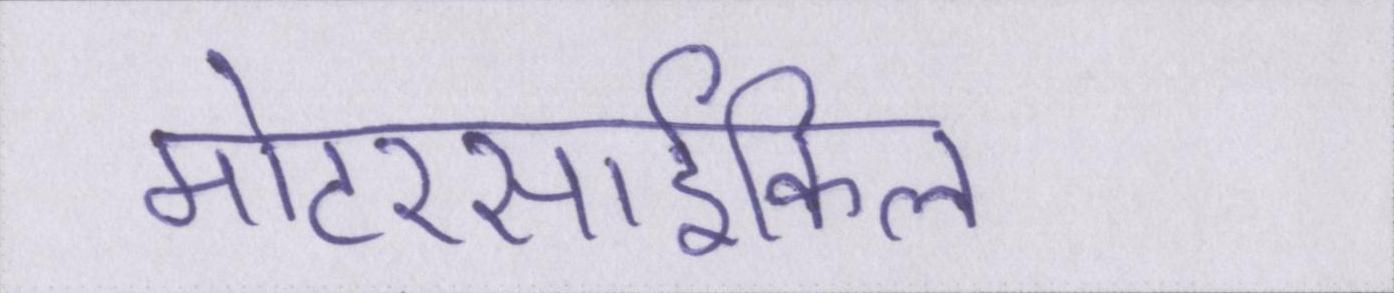
मोटरसार्इकिल